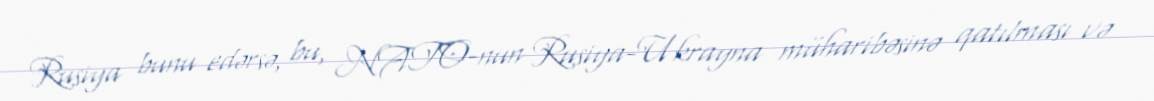
Rusiya bunu edərsə, bu, NATO-nun Rusiya-Ukrayna müharibəsinə qatılması və